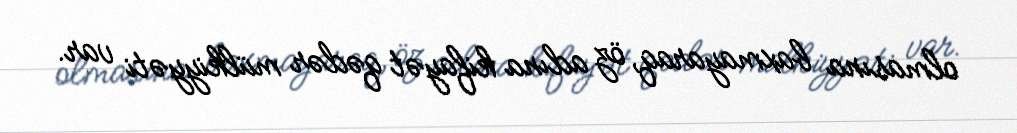
olmasına baxmayaraq, öz adına kifayət qədər mülkiyyəti var.